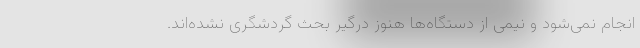
انجام نمی‌شود و نیمی از دستگاه‌ها هنوز درگیر بحث گردشگری نشده‌اند.